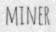
MINER